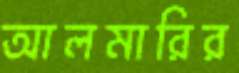
আলমারির